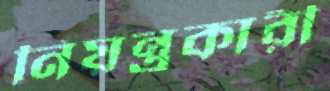
নিয়ন্ত্রকারী